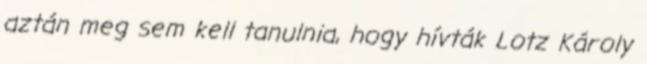
aztán meg sem kell tanulnia, hogy hívták Lotz Károly